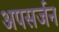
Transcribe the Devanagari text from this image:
अपसर्जन